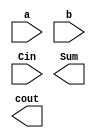
module FA(
    input  a,
    input  b,
    input  Cin, 
    output Sum,
    output cout);

// put your design here

endmodule